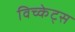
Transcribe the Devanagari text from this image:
विच्केट्स